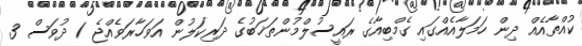
ކުއްތާއެއް ދިން ހަަމަލާއެއްގައި ގެމްބިއާގެ ރައީސުލްމުންތަޚަބުގެ ދަރިކަލުން އަވަހާރަވެއްޖެ 1 ދުވަސް 3